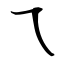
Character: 乁